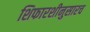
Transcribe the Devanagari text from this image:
शिफारशीनुसारच